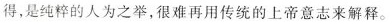
得，是纯粹的人为之举，很难再用传统的上帝意志来解释。